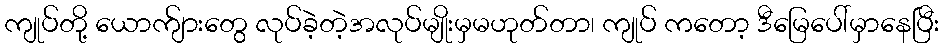
ကျုပ်တို့ ယောက်ျားတွေ လုပ်ခဲ့တဲ့အလုပ်မျိုးမှမဟုတ်တာ၊ ကျုပ် ကတော့ ဒီမြေပေါ်မှာနေပြီး